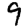
Digit: 9